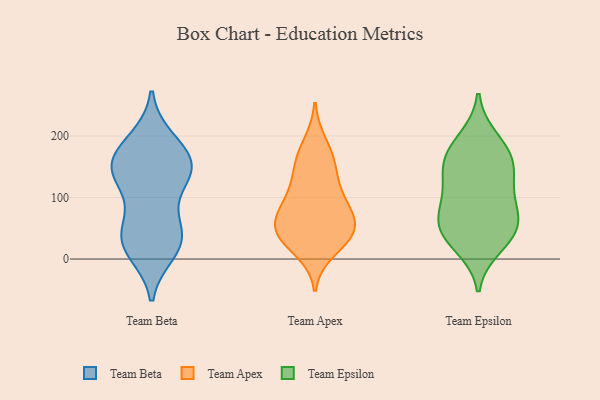
{"axis": {"x": "Page Views", "y": "Value"}, "legend": ["Team Apex", "Team Beta", "Team Epsilon"], "data": [{"x": "", "y": 12, "type": "Team Beta"}, {"x": "", "y": 192, "type": "Team Beta"}, {"x": "", "y": 46, "type": "Team Beta"}, {"x": "", "y": 133, "type": "Team Beta"}, {"x": "", "y": 35, "type": "Team Beta"}, {"x": "", "y": 141, "type": "Team Beta"}, {"x": "", "y": 48, "type": "Team Beta"}, {"x": "", "y": 134, "type": "Team Beta"}, {"x": "", "y": 171, "type": "Team Beta"}, {"x": "", "y": 156, "type": "Team Beta"}, {"x": "", "y": 142, "type": "Team Beta"}, {"x": "", "y": 151, "type": "Team Beta"}, {"x": "", "y": 95, "type": "Team Beta"}, {"x": "", "y": 160, "type": "Team Beta"}, {"x": "", "y": 195, "type": "Team Beta"}, {"x": "", "y": 21, "type": "Team Beta"}, {"x": "", "y": 10, "type": "Team Beta"}, {"x": "", "y": 47, "type": "Team Beta"}, {"x": "", "y": 161, "type": "Team Apex"}, {"x": "", "y": 14, "type": "Team Apex"}, {"x": "", "y": 110, "type": "Team Apex"}, {"x": "", "y": 135, "type": "Team Apex"}, {"x": "", "y": 82, "type": "Team Apex"}, {"x": "", "y": 31, "type": "Team Apex"}, {"x": "", "y": 52, "type": "Team Apex"}, {"x": "", "y": 86, "type": "Team Apex"}, {"x": "", "y": 52, "type": "Team Apex"}, {"x": "", "y": 157, "type": "Team Apex"}, {"x": "", "y": 42, "type": "Team Apex"}, {"x": "", "y": 46, "type": "Team Apex"}, {"x": "", "y": 188, "type": "Team Apex"}, {"x": "", "y": 90, "type": "Team Apex"}, {"x": "", "y": 45, "type": "Team Apex"}, {"x": "", "y": 46, "type": "Team Epsilon"}, {"x": "", "y": 176, "type": "Team Epsilon"}, {"x": "", "y": 161, "type": "Team Epsilon"}, {"x": "", "y": 60, "type": "Team Epsilon"}, {"x": "", "y": 40, "type": "Team Epsilon"}, {"x": "", "y": 144, "type": "Team Epsilon"}, {"x": "", "y": 21, "type": "Team Epsilon"}, {"x": "", "y": 118, "type": "Team Epsilon"}, {"x": "", "y": 195, "type": "Team Epsilon"}, {"x": "", "y": 85, "type": "Team Epsilon"}, {"x": "", "y": 94, "type": "Team Epsilon"}, {"x": "", "y": 154, "type": "Team Epsilon"}, {"x": "", "y": 53, "type": "Team Epsilon"}]}